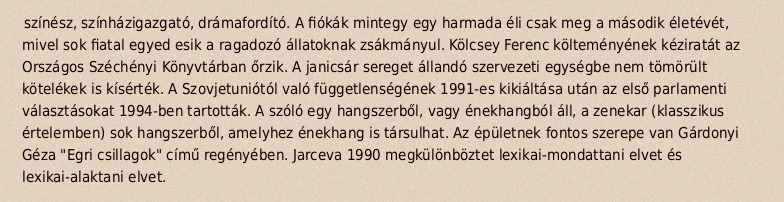
színész, színházigazgató, drámafordító. A fiókák mintegy egy harmada éli csak meg a második életévét, mivel sok fiatal egyed esik a ragadozó állatoknak zsákmányul. Kölcsey Ferenc költeményének kéziratát az Országos Széchényi Könyvtárban őrzik. A janicsár sereget állandó szervezeti egységbe nem tömörült kötelékek is kísérték. A Szovjetuniótól való függetlenségének 1991-es kikiáltása után az első parlamenti választásokat 1994-ben tartották. A szóló egy hangszerből, vagy énekhangból áll, a zenekar (klasszikus értelemben) sok hangszerből, amelyhez énekhang is társulhat. Az épületnek fontos szerepe van Gárdonyi Géza "Egri csillagok" című regényében. Jarceva 1990 megkülönböztet lexikai-mondattani elvet és lexikai-alaktani elvet.